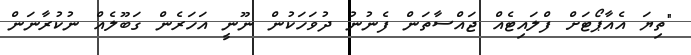
"ތިޔަ އެއާޕޯޓަށް ފްލައިޓެއް ޖައްސާތަން ފެނުނު ދުވަހަކުން ނޫނީ އަހަރެން ގަބޫލެއް ނުކުރާނަން